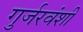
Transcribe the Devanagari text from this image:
गुर्जरवंशी